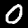
Digit: 0